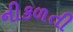
નીકળતી